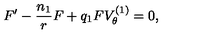
F ^ { \prime } - \frac { n _ { 1 } } { r } F + q _ { 1 } F V _ { \theta } ^ { ( 1 ) } = 0 ,